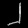
Digit: ၂